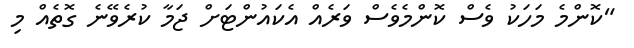
"ކޮންމެ މަހަކު ވެސް ކޮންމެވެސް ވަރެއް އެކައުންޓަށް ޖަމާ ކުރެވޭނެ ގޮތެއް މި